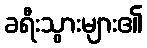
ခရီးသွားများ၏